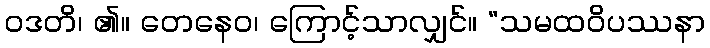
ဝဒတိ၊ ၏။ တေနေဝ၊ ကြောင့်သာလျှင်။ “သမထဝိပဿနာ